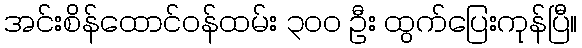
အင်းစိန်ထောင်ဝန်ထမ်း ၃၀၀ ဦး ထွက်ပြေးကုန်ပြီ။